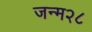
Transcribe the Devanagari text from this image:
जन्म२८